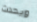
ويحدث